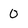
Character: 0